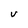
Character: V